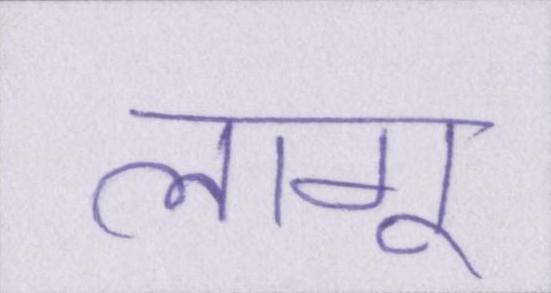
लागू